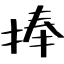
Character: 捧